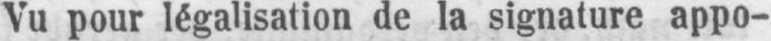
Vu pour légalisation de la signature appo-